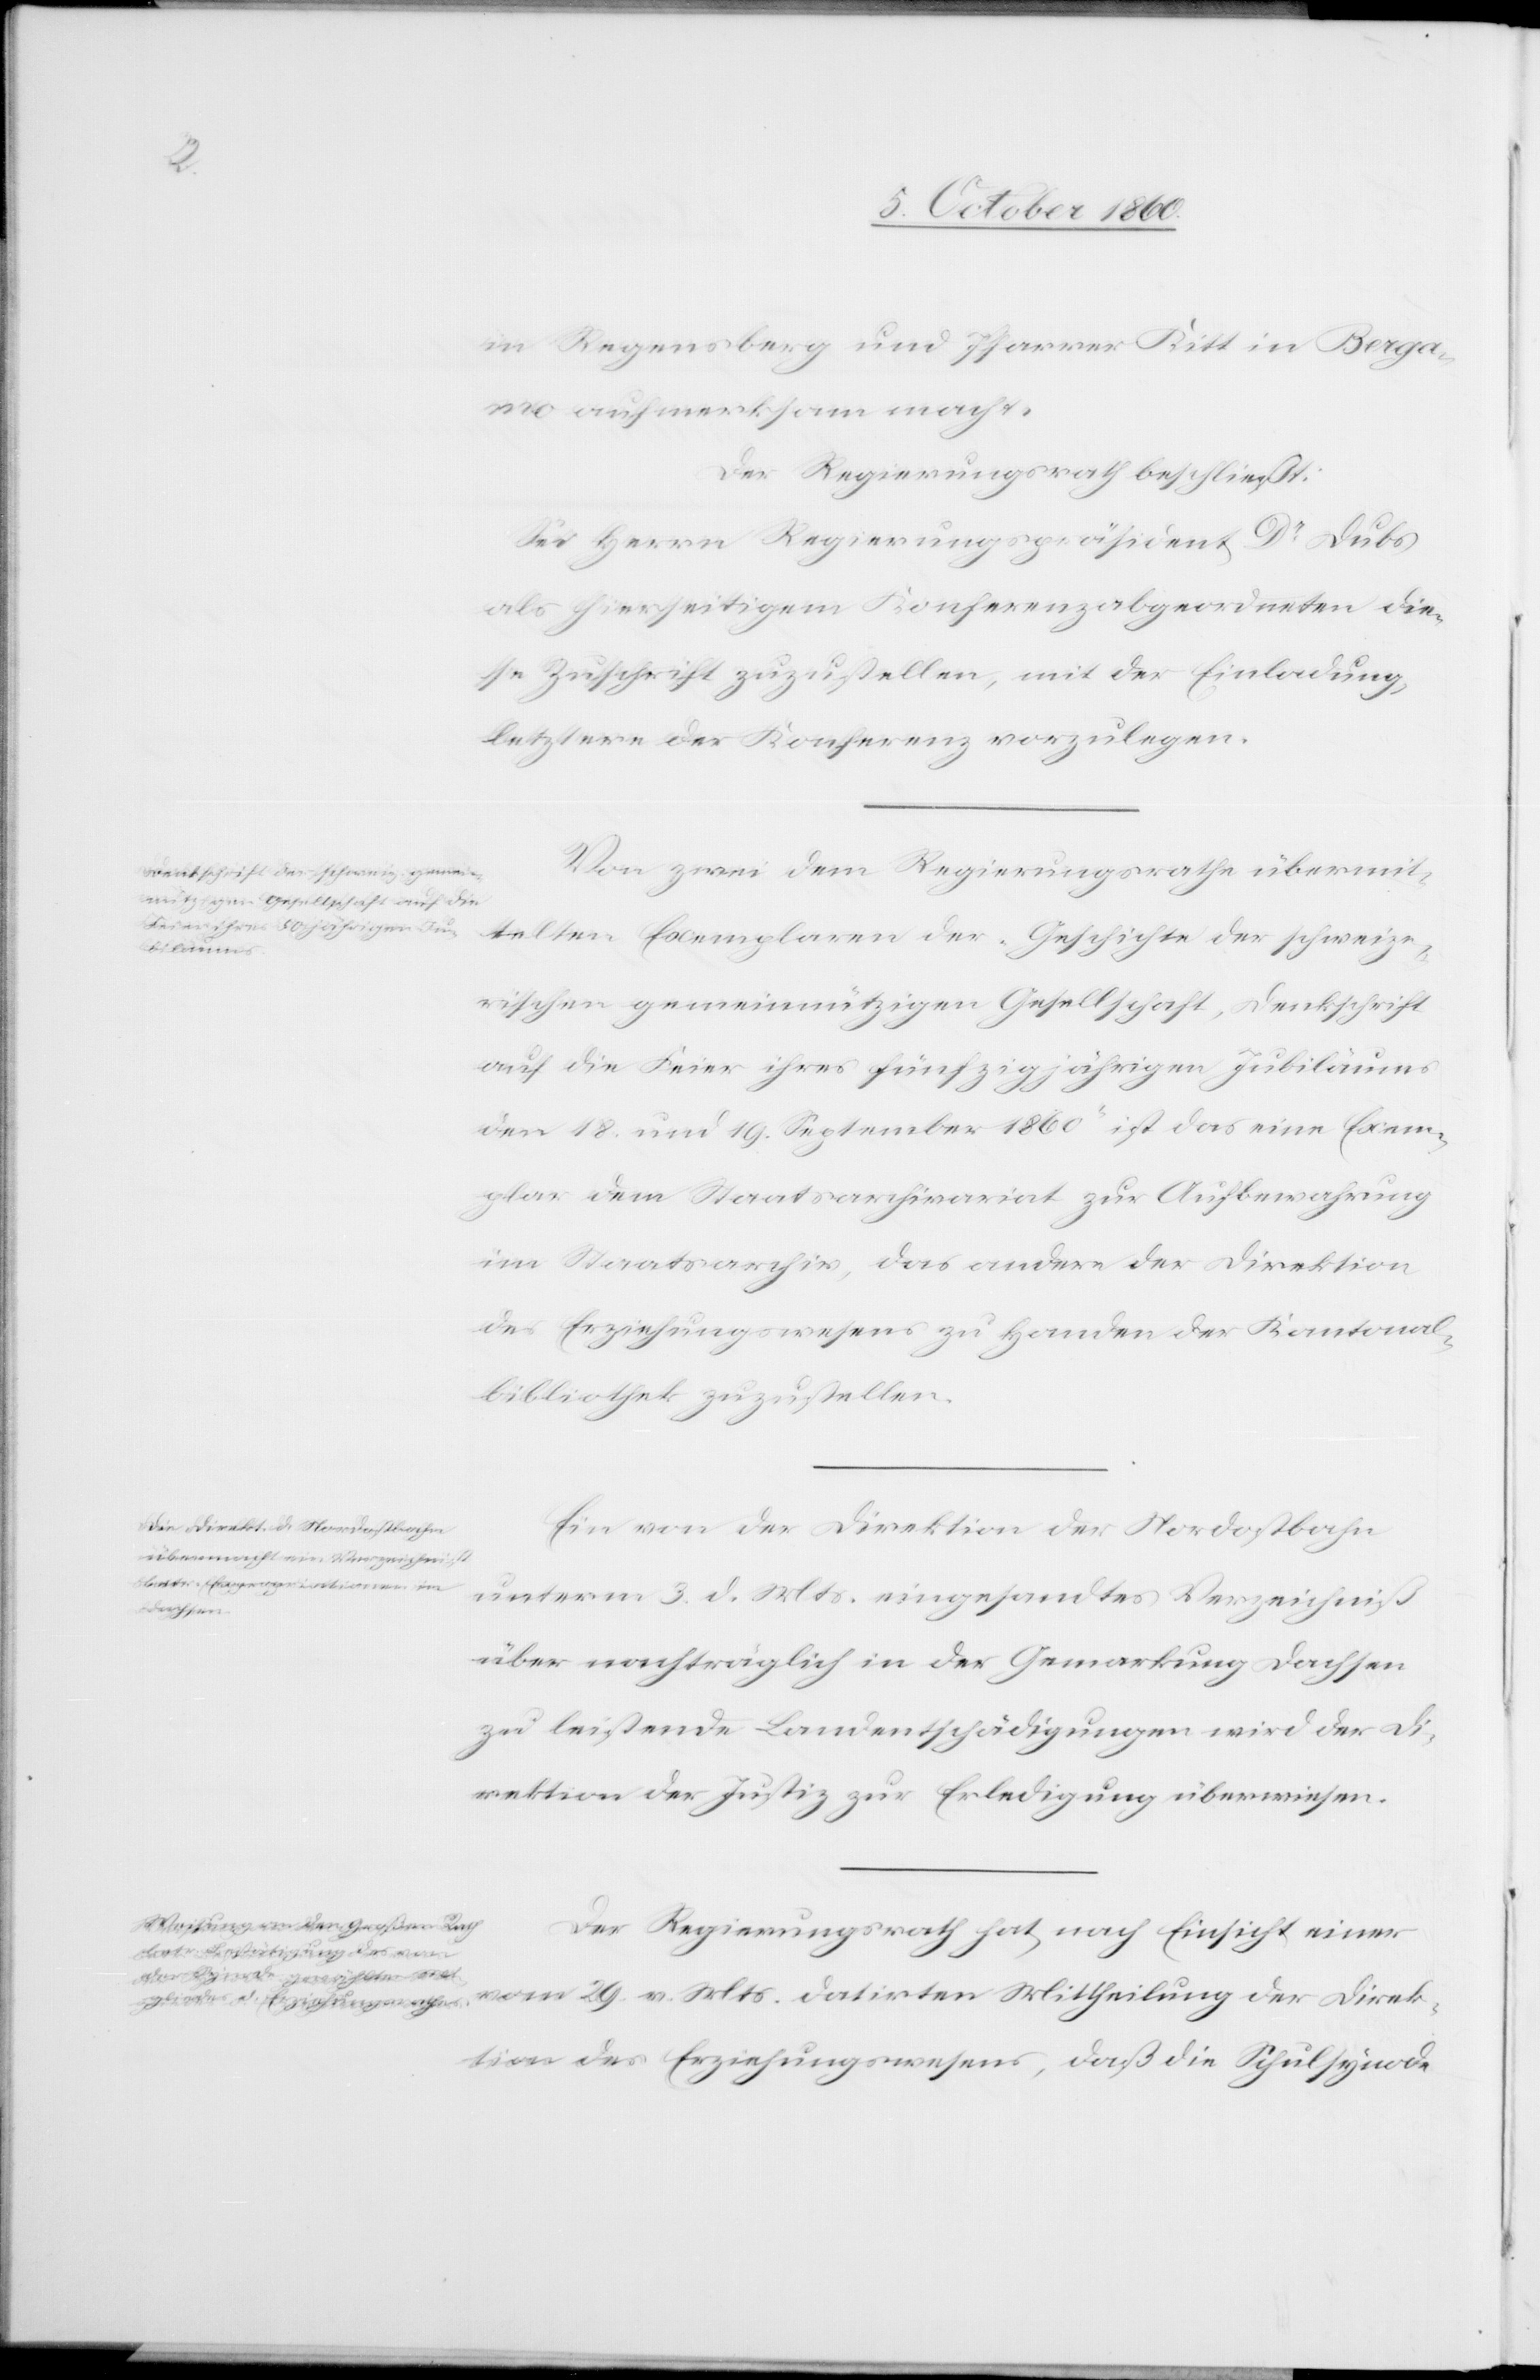
in Regensberg und Pfarrer Kitt in Berga¬
mo aufmerksam macht.
Der Regierungsrath beschließt:
Sei Herrn Regierungspräsident Dr Dubs
als hierseitigem Konferenzabgeordneten die¬
se Zuschrift zuzustellen, mit der Einladung,
letztere der Konferenz vorzulegen.
Von zwei dem Regierungsrathe übermit¬
telten Exemplaren der „Geschichte der schweize¬
rischen gemeinnützigen Gesellschaft, Denkschrift
auf die Feier ihres fünfzigjährigen Jubiläums
den 18. und 19. September 1860“ ist das eine Exem¬
plar dem Staatsarchivariat zur Aufbewahrung
im Staatsarchiv, das andere der Direktion
des Erziehungswesens zu Handen der Kantola¬
bibliothek zuzustellen.
Ein von der Direktion der Nordostbahn
unterm 3. d. Mts. eingesandtes Verzeichniß
über nachträglich in der Gemarkung Dachsen
zu leistende Landentschädigungen wird der Di¬
rektion der Justiz zur Erledigung überwiesen.
Der Regierungsrath hat nach Einsicht einer
vom 29. v. Mts. datirten Mittheilung der Direk¬
tion des Erziehungswesens, daß die Schulsynode